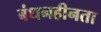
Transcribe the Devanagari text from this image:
बंधनहीनता